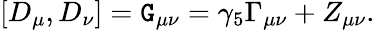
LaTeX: [D_{\mu},D_{\nu}]=\mathtt{G}_{\mu\nu}=\gamma_{5}\Gamma_{\mu\nu}+Z_{\mu\nu}.